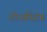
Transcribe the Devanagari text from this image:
टोअस्टिंग